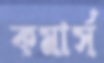
কমার্স